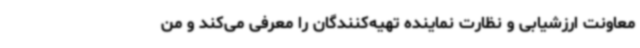
معاونت ارزشیابی و نظارت نماینده تهیه‌کنندگان را معرفی می‌کند و من